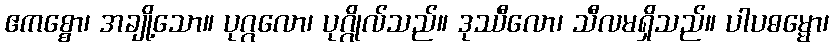
ဧကစ္စော၊ အချို့သော။ ပုဂ္ဂလော၊ ပုဂ္ဂိုလ်သည်။ ဒုဿီလော၊ သီလမရှိသည်။ ပါပဓမ္မော၊